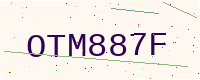
Text: OTM887F